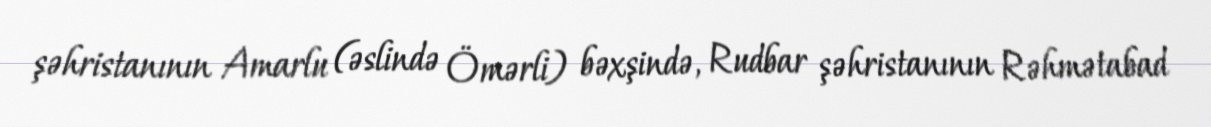
şəhristanının Amarlu (əslində Ömərli) bəxşində, Rudbar şəhristanının Rəhmətabad